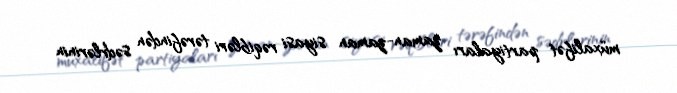
müxalifət partiyaları zaman-zaman siyasi rəqibləri tərəfindən sədrlərinin